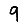
Digit: 9